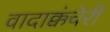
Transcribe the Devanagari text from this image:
वादाक्कंचेरी